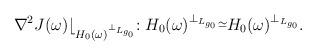
LaTeX: \begin{align*}\nabla^{2}J(\omega)\lfloor_{H_{0}(\omega )^{\perp_{L_{g_{0}}}}}:H_{0}(\omega )^{\perp_{L_{g_{0}}}}\overset{\simeq}{\-}H_{0}(\omega )^{\perp_{L_{g_{0}}}}.\end{align*}